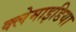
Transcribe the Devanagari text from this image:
क्लेमाइडिया